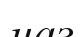
наз